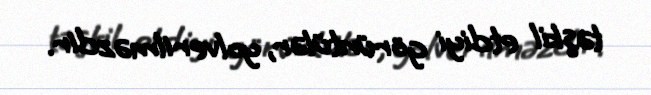
təşkil etdiyi görüntülər, yolverilməzdir.